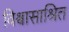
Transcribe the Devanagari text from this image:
विश्वासाश्रित